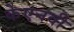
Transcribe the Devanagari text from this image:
केएनवी